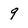
Character: 9